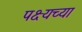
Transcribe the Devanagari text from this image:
पक्ष्यच्या